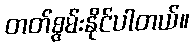
တတ်စွမ်းနိုင်ပါတယ်။